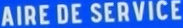
AIRE DE SERVICE